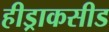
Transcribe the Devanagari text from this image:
हीड्राकसीड